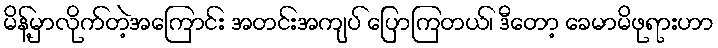
မိန့်မှာလိုက်တဲ့အကြောင်း အတင်းအကျပ် ပြောကြတယ်၊ ဒီတော့ ခေမာမိဖုရားဟာ